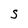
Character: S